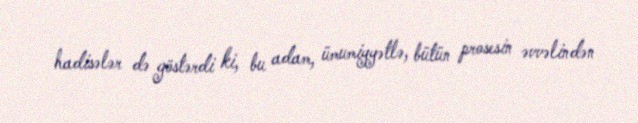
hadisələr də göstərdi ki, bu adam, ümumiyyətlə, bütün prosesin əvvəlindən